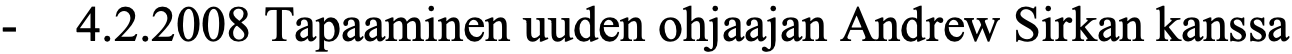
-  4.2.2008 Tapaaminen uuden ohjaajan Andrew Sirkan kanssa